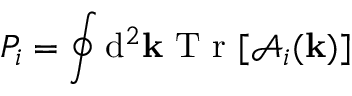
P _ { i } = \oint \mathrm { d } ^ { 2 } { \bf k } \mathrm { ~ T ~ r ~ } [ \mathcal { A } _ { i } ( { \bf k } ) ]